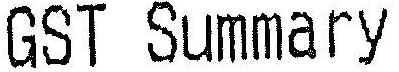
GST SUMMARY